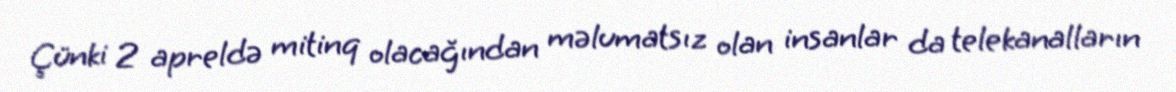
Çünki 2 apreldə mitinq olacağından məlumatsız olan insanlar da telekanalların